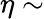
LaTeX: \eta\sim